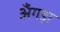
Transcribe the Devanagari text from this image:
अँगड़ा